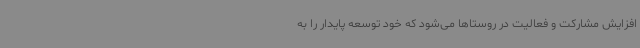
افزایش مشارکت و فعالیت در روستاها می‌شود که خود توسعه پایدار را به